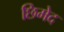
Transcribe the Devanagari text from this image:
छिमेद